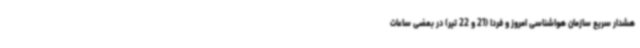
هشدار سریع سازمان هواشناسی امروز و فردا (21 و 22 تیر) در بعضی ساعات